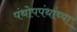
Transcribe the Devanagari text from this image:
पंथोपपंथांच्या